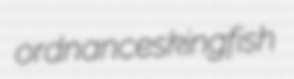
ordnances kingfish